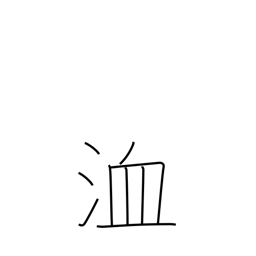
Meaning: ditch